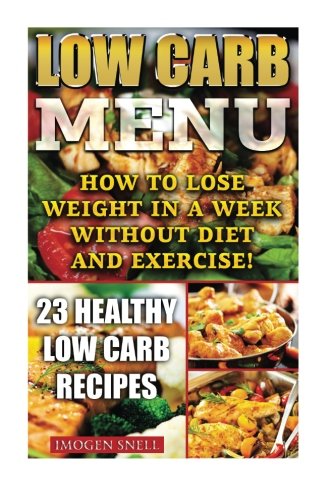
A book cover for Low Carb Menu: How To Lose Weight In A Week Without Diet And Exercise! 23 Healthy Low Carb Recipes: (low carbohydrate, high protein, low carbohydrate ... dummies,  low carb high fat diet) (Volume 3); Imogen Snell; Cookbooks, Food & Wine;